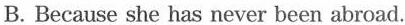
B. Because she has never been abroad.